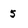
Character: 5